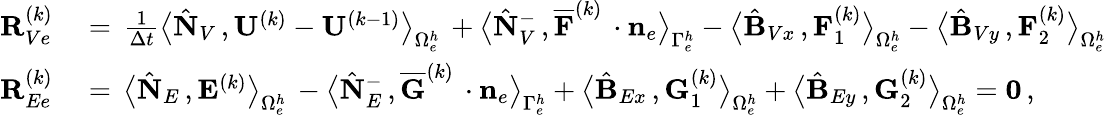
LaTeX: \begin{array}{rl}{{\mathbf R}_{Ve}^{(k)}}&{{}=\, \frac{1}{\Delta t}\big\langle\hat{\mathbf N}_{V}\, ,{\mathbf U}^{(k)}-{\mathbf U}^{(k-1)}\big\rangle_{\Omega_{e}^{h}}\, +\big\langle\hat{\mathbf N}_{V}^{-}\, ,\overline{{{\mathbf F}}}^{(k)}\, \cdot{{\mathbf n}}_{e}\big\rangle_{\Gamma_{e}^{h}}-\big\langle\hat{\mathbf B}_{Vx}\, ,{\mathbf F}_{1}^{(k)}\big\rangle_{\Omega_{e}^{h}}-\big\langle\hat{\mathbf B}_{Vy}\, ,{\mathbf F}_{2}^{(k)}\big\rangle_{\Omega_{e}^{h}}}\\ {{\mathbf R}_{Ee}^{(k)}}&{{}=\, \big\langle\hat{\mathbf N}_{E}\, ,{\mathbf E}^{(k)}\big\rangle_{\Omega_{e}^{h}}\, -\big\langle\hat{\mathbf N}_{E}^{-}\, ,\overline{{{\mathbf G}}}^{(k)}\, \cdot{{\mathbf n}}_{e}\big\rangle_{\Gamma_{e}^{h}}+\big\langle\hat{\mathbf B}_{Ex}\, ,{\mathbf G}_{1}^{(k)}\big\rangle_{\Omega_{e}^{h}}+\big\langle\hat{\mathbf B}_{Ey}\, ,{\mathbf G}_{2}^{(k)}\big\rangle_{\Omega_{e}^{h}}={\mathbf 0}\, ,}\end{array}